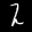
Label: 2